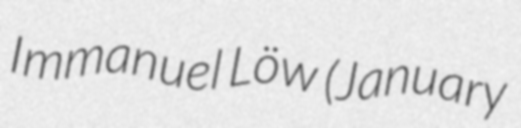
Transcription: Immanuel Löw (January